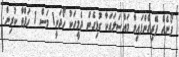
ފޯނެއް ފޭރިގެންފައިވާ މައްސަލައަކާ ގުޅިގެން ދެމީހަކު ހޯދަނީ1 މަސް 1 ހަފްތާ ކުރިން.